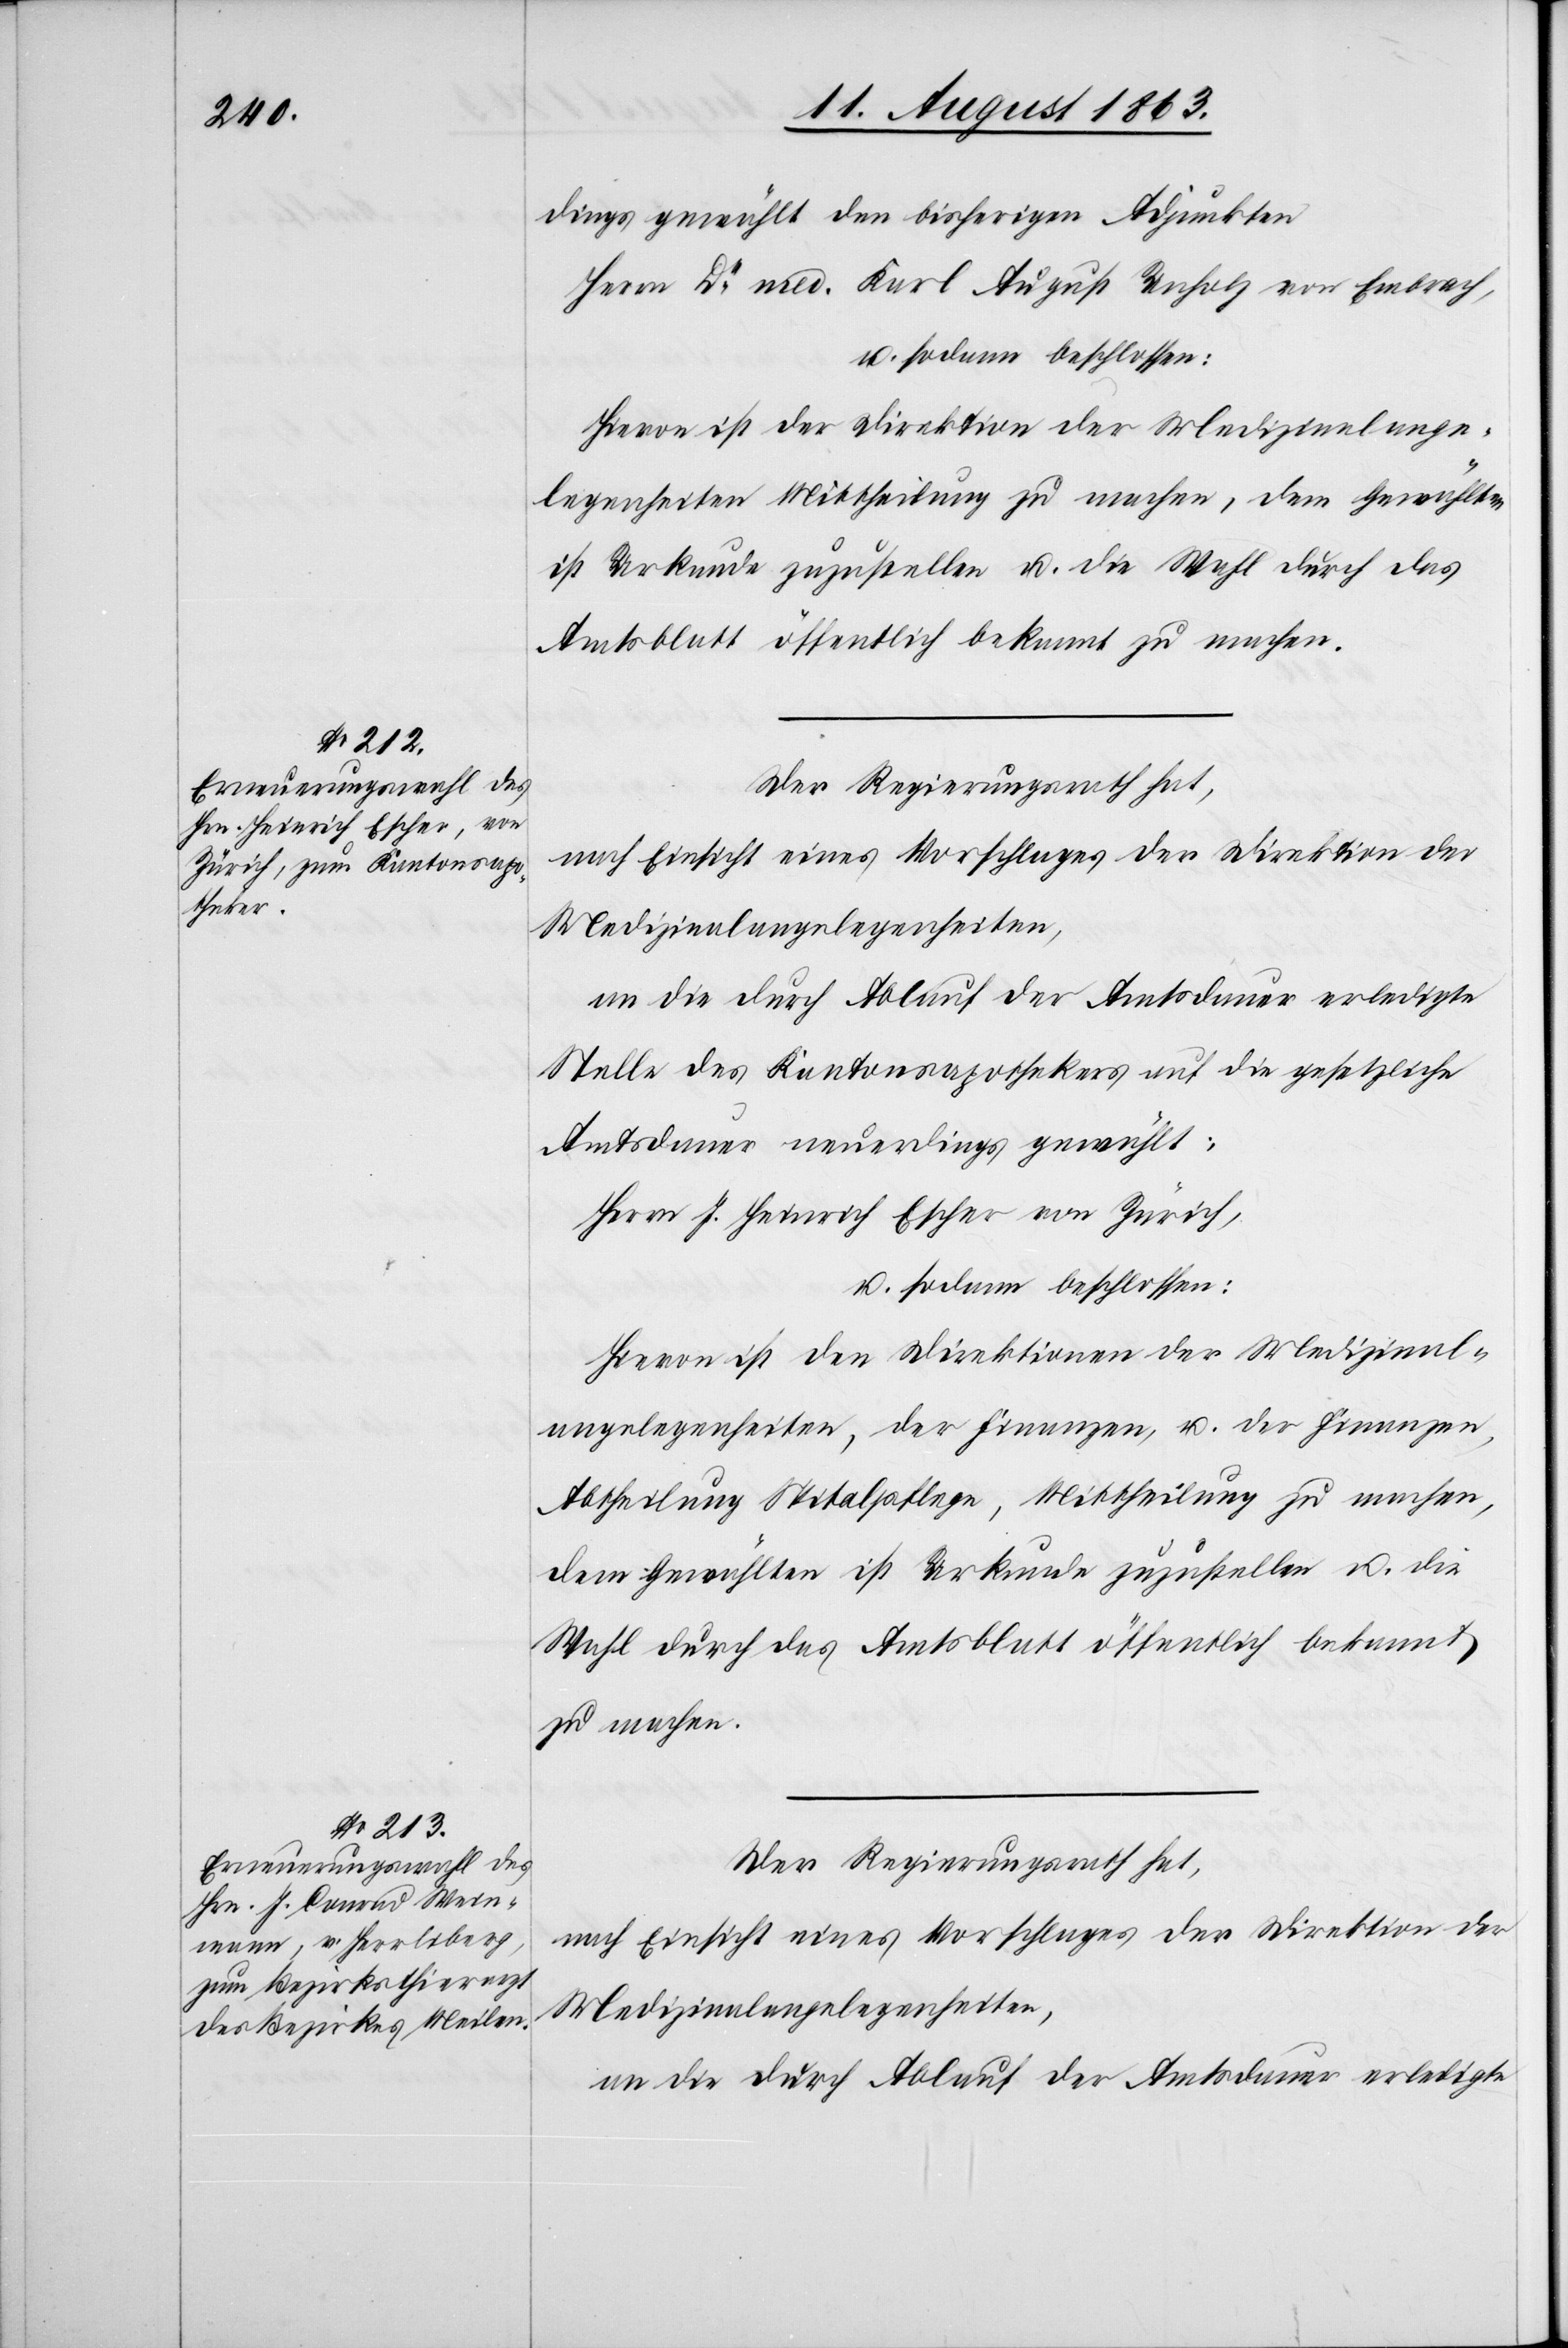
dings gewählt den bisherigen Adjunkten
Herrn Dr med. Karl [sic!] August Unholz von Embrach,
u. sodann beschlossen:
Hievon ist der Direktion der Medizinalange¬
legenheiten Mittheilung zu machen, dem Gewählten
ist Urkunde zuzustellen u. die Wahl durch das
Amtsblatt öffentlich bekannt zu machen.
Der Regierungsrath hat,
nach Einsicht eines Vorschlages der Direktion der
Medizinalangelegenheiten,
Stelle des Kantonsapothekers auf die gesetzliche
Amtsdauer neuerdings gewählt:
Herrn J. Heinrich Escher von Zürich,
u. sodann beschlossen:
Hievon ist den Direktionen der Medizinal¬
angelegenheiten, der Finanzen, u. der Finanzen,
Abtheilung Spitalpflege, Mittheilung zu machen,
dem Gewählten ist Urkunde zuzustellen u. die
Wahl durch das Amtsblatt öffentlich bekannt
zu machen.
Der Regierungsrath hat,
nach Einsicht eines Vorschlages der Direktion der
an die durch Ablauf der Amtsdauer erledigte